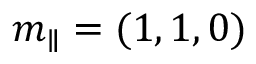
m _ { \parallel } = ( 1 , 1 , 0 )